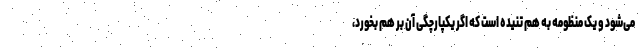
می‌شود و یک منظومه به هم تنیده است که اگر یکپارچگی آن بر هم بخورد،